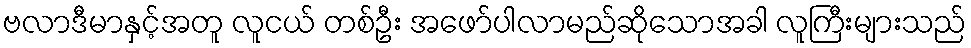
ဗလာဒီမာနှင့်အတူ လူငယ် တစ်ဦး အဖော်ပါလာမည်ဆိုသောအခါ လူကြီးများသည်